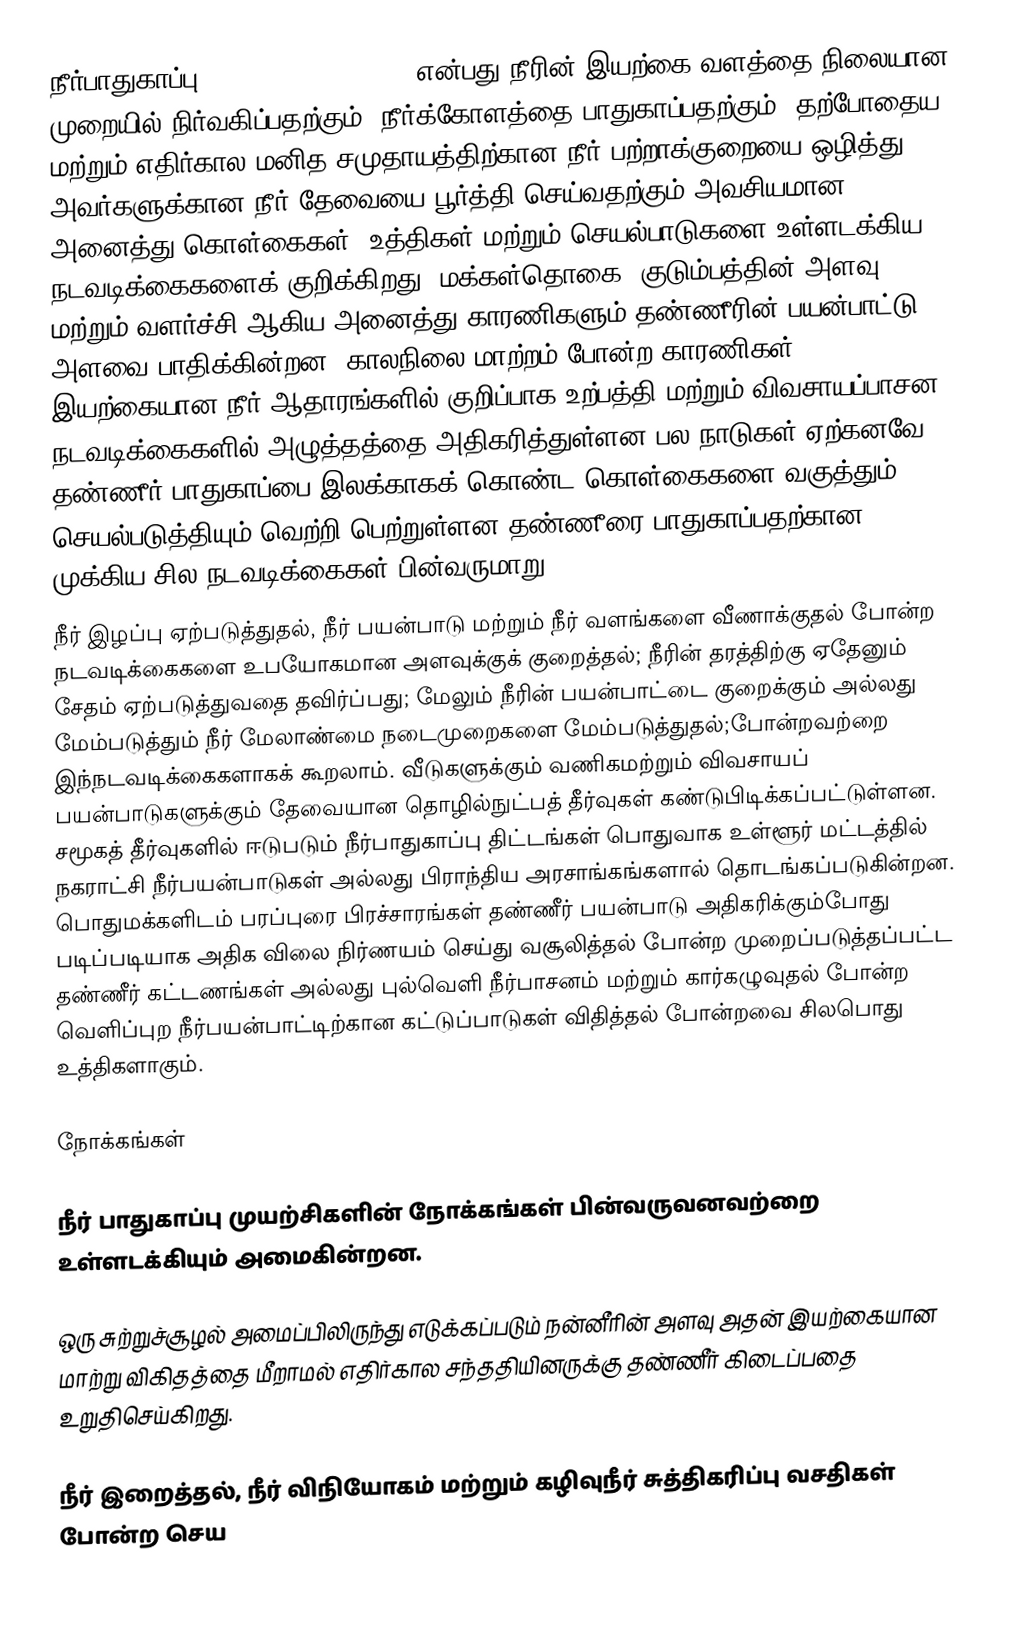
நீர்பாதுகாப்பு (Water conservation) என்பது நீரின் இயற்கை வளத்தை நிலையான முறையில் நிர்வகிப்பதற்கும், நீர்க்கோளத்தை பாதுகாப்பதற்கும், தற்போதைய மற்றும் எதிர்கால மனித சமுதாயத்திற்கான நீர் பற்றாக்குறையை ஒழித்து அவர்களுக்கான நீர் தேவையை பூர்த்தி செய்வதற்கும் அவசியமான அனைத்து கொள்கைகள், உத்திகள் மற்றும் செயல்பாடுகளை உள்ளடக்கிய நடவடிக்கைகளைக் குறிக்கிறது. மக்கள்தொகை, குடும்பத்தின் அளவு மற்றும் வளர்ச்சி ஆகிய அனைத்து காரணிகளும் தண்ணீரின் பயன்பாட்டு அளவை பாதிக்கின்றன. காலநிலை மாற்றம் போன்ற காரணிகள் இயற்கையான நீர் ஆதாரங்களில் குறிப்பாக உற்பத்தி மற்றும் விவசாயப்பாசன நடவடிக்கைகளில் அழுத்தத்தை அதிகரித்துள்ளன.பல நாடுகள் ஏற்கனவே தண்ணீர் பாதுகாப்பை இலக்காகக் கொண்ட கொள்கைகளை வகுத்தும் செயல்படுத்தியும் வெற்றி பெற்றுள்ளன.தண்ணீரை பாதுகாப்பதற்கான முக்கிய சில நடவடிக்கைகள் பின்வருமாறு:
நீர் இழப்பு ஏற்படுத்துதல், நீர் பயன்பாடு மற்றும் நீர் வளங்களை வீணாக்குதல் போன்ற நடவடிக்கைகளை உபயோகமான அளவுக்குக் குறைத்தல்; நீரின் தரத்திற்கு ஏதேனும் சேதம் ஏற்படுத்துவதை தவிர்ப்பது; மேலும் நீரின் பயன்பாட்டை குறைக்கும் அல்லது மேம்படுத்தும் நீர் மேலாண்மை நடைமுறைகளை மேம்படுத்துதல்;போன்றவற்றை இந்நடவடிக்கைகளாகக் கூறலாம். வீடுகளுக்கும் வணிகமற்றும் விவசாயப் பயன்பாடுகளுக்கும் தேவையான தொழில்நுட்பத் தீர்வுகள் கண்டுபிடிக்கப்பட்டுள்ளன. சமூகத் தீர்வுகளில் ஈடுபடும் நீர்பாதுகாப்பு திட்டங்கள் பொதுவாக உள்ளூர் மட்டத்தில் நகராட்சி நீர்பயன்பாடுகள் அல்லது பிராந்திய அரசாங்கங்களால் தொடங்கப்படுகின்றன. பொதுமக்களிடம் பரப்புரை பிரச்சாரங்கள் தண்ணீர் பயன்பாடு அதிகரிக்கும்போது படிப்படியாக அதிக  விலை நிர்ணயம் செய்து வசூலித்தல் போன்ற  முறைப்படுத்தப்பட்ட தண்ணீர் கட்டணங்கள் அல்லது புல்வெளி நீர்பாசனம் மற்றும் கார்கழுவுதல் போன்ற வெளிப்புற நீர்பயன்பாட்டிற்கான கட்டுப்பாடுகள் விதித்தல் போன்றவை சிலபொது உத்திகளாகும்.

நோக்கங்கள்

நீர் பாதுகாப்பு முயற்சிகளின் நோக்கங்கள் பின்வருவனவற்றை உள்ளடக்கியும் அமைகின்றன.

ஒரு சுற்றுச்சூழல் அமைப்பிலிருந்து எடுக்கப்படும் நன்னீரின் அளவு அதன் இயற்கையான மாற்று விகிதத்தை மீறாமல் எதிர்கால சந்ததியினருக்கு தண்ணீர் கிடைப்பதை உறுதிசெய்கிறது.

நீர் இறைத்தல், நீர் விநியோகம் மற்றும் கழிவுநீர் சுத்திகரிப்பு வசதிகள் போன்ற செய